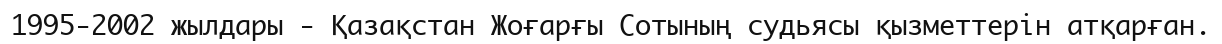
1995-2002 жылдары - Қазақстан Жоғарғы Сотының судьясы қызметтерін атқарған.